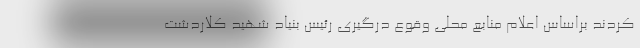
کردند براساس اعلام منابع محلی وقوع درگیری رئیس بنیاد شهید کلاردشت